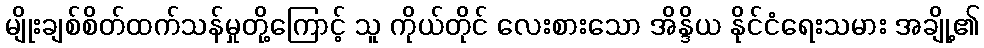
မျိုးချစ်စိတ်ထက်သန်မှုတို့ကြောင့် သူ ကိုယ်တိုင် လေးစားသော အိန္ဒိယ နိုင်ငံရေးသမား အချို့၏